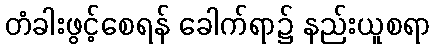
တံခါးဖွင့်စေရန် ခေါက်ရာ၌ နည်းယူစရာ